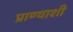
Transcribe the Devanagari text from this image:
प्राण्याशी